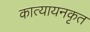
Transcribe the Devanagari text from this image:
कात्यायनकृत